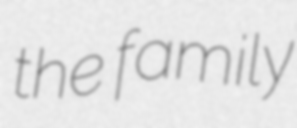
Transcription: the family